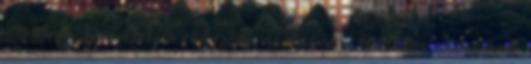
= család” főnév teljes ragozási mintasora: Az izsor névszónak